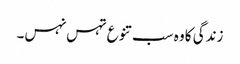
زندگی کا وہ سب تنوع تہس نہس۔